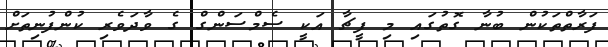
ފަރާތްތަކުން ބުނާ ގޮތުގައި މި ފީޗާ އަކީ ސެމްސަންގް ގެ ވާދަވެރި ކުންފުނިތަށް